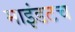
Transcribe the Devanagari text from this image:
माइंडटच